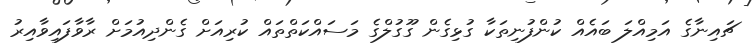
ޗައިނާގެ އަމިއްލަ ބައެއް ކުންފުނިތަކާ ގުޅިގެން ގޫގުލްގެ މަސައްކަތްތައް ކުރިއަށް ގެންދިއުމަށް ރާވާފައިވާއިރު